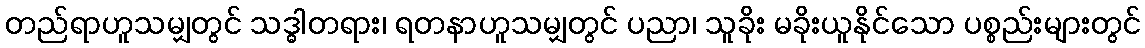
တည်ရာဟူသမျှတွင် သဒ္ဓါတရား၊ ရတနာဟူသမျှတွင် ပညာ၊ သူခိုး မခိုးယူနိုင်သော ပစ္စည်းများတွင်